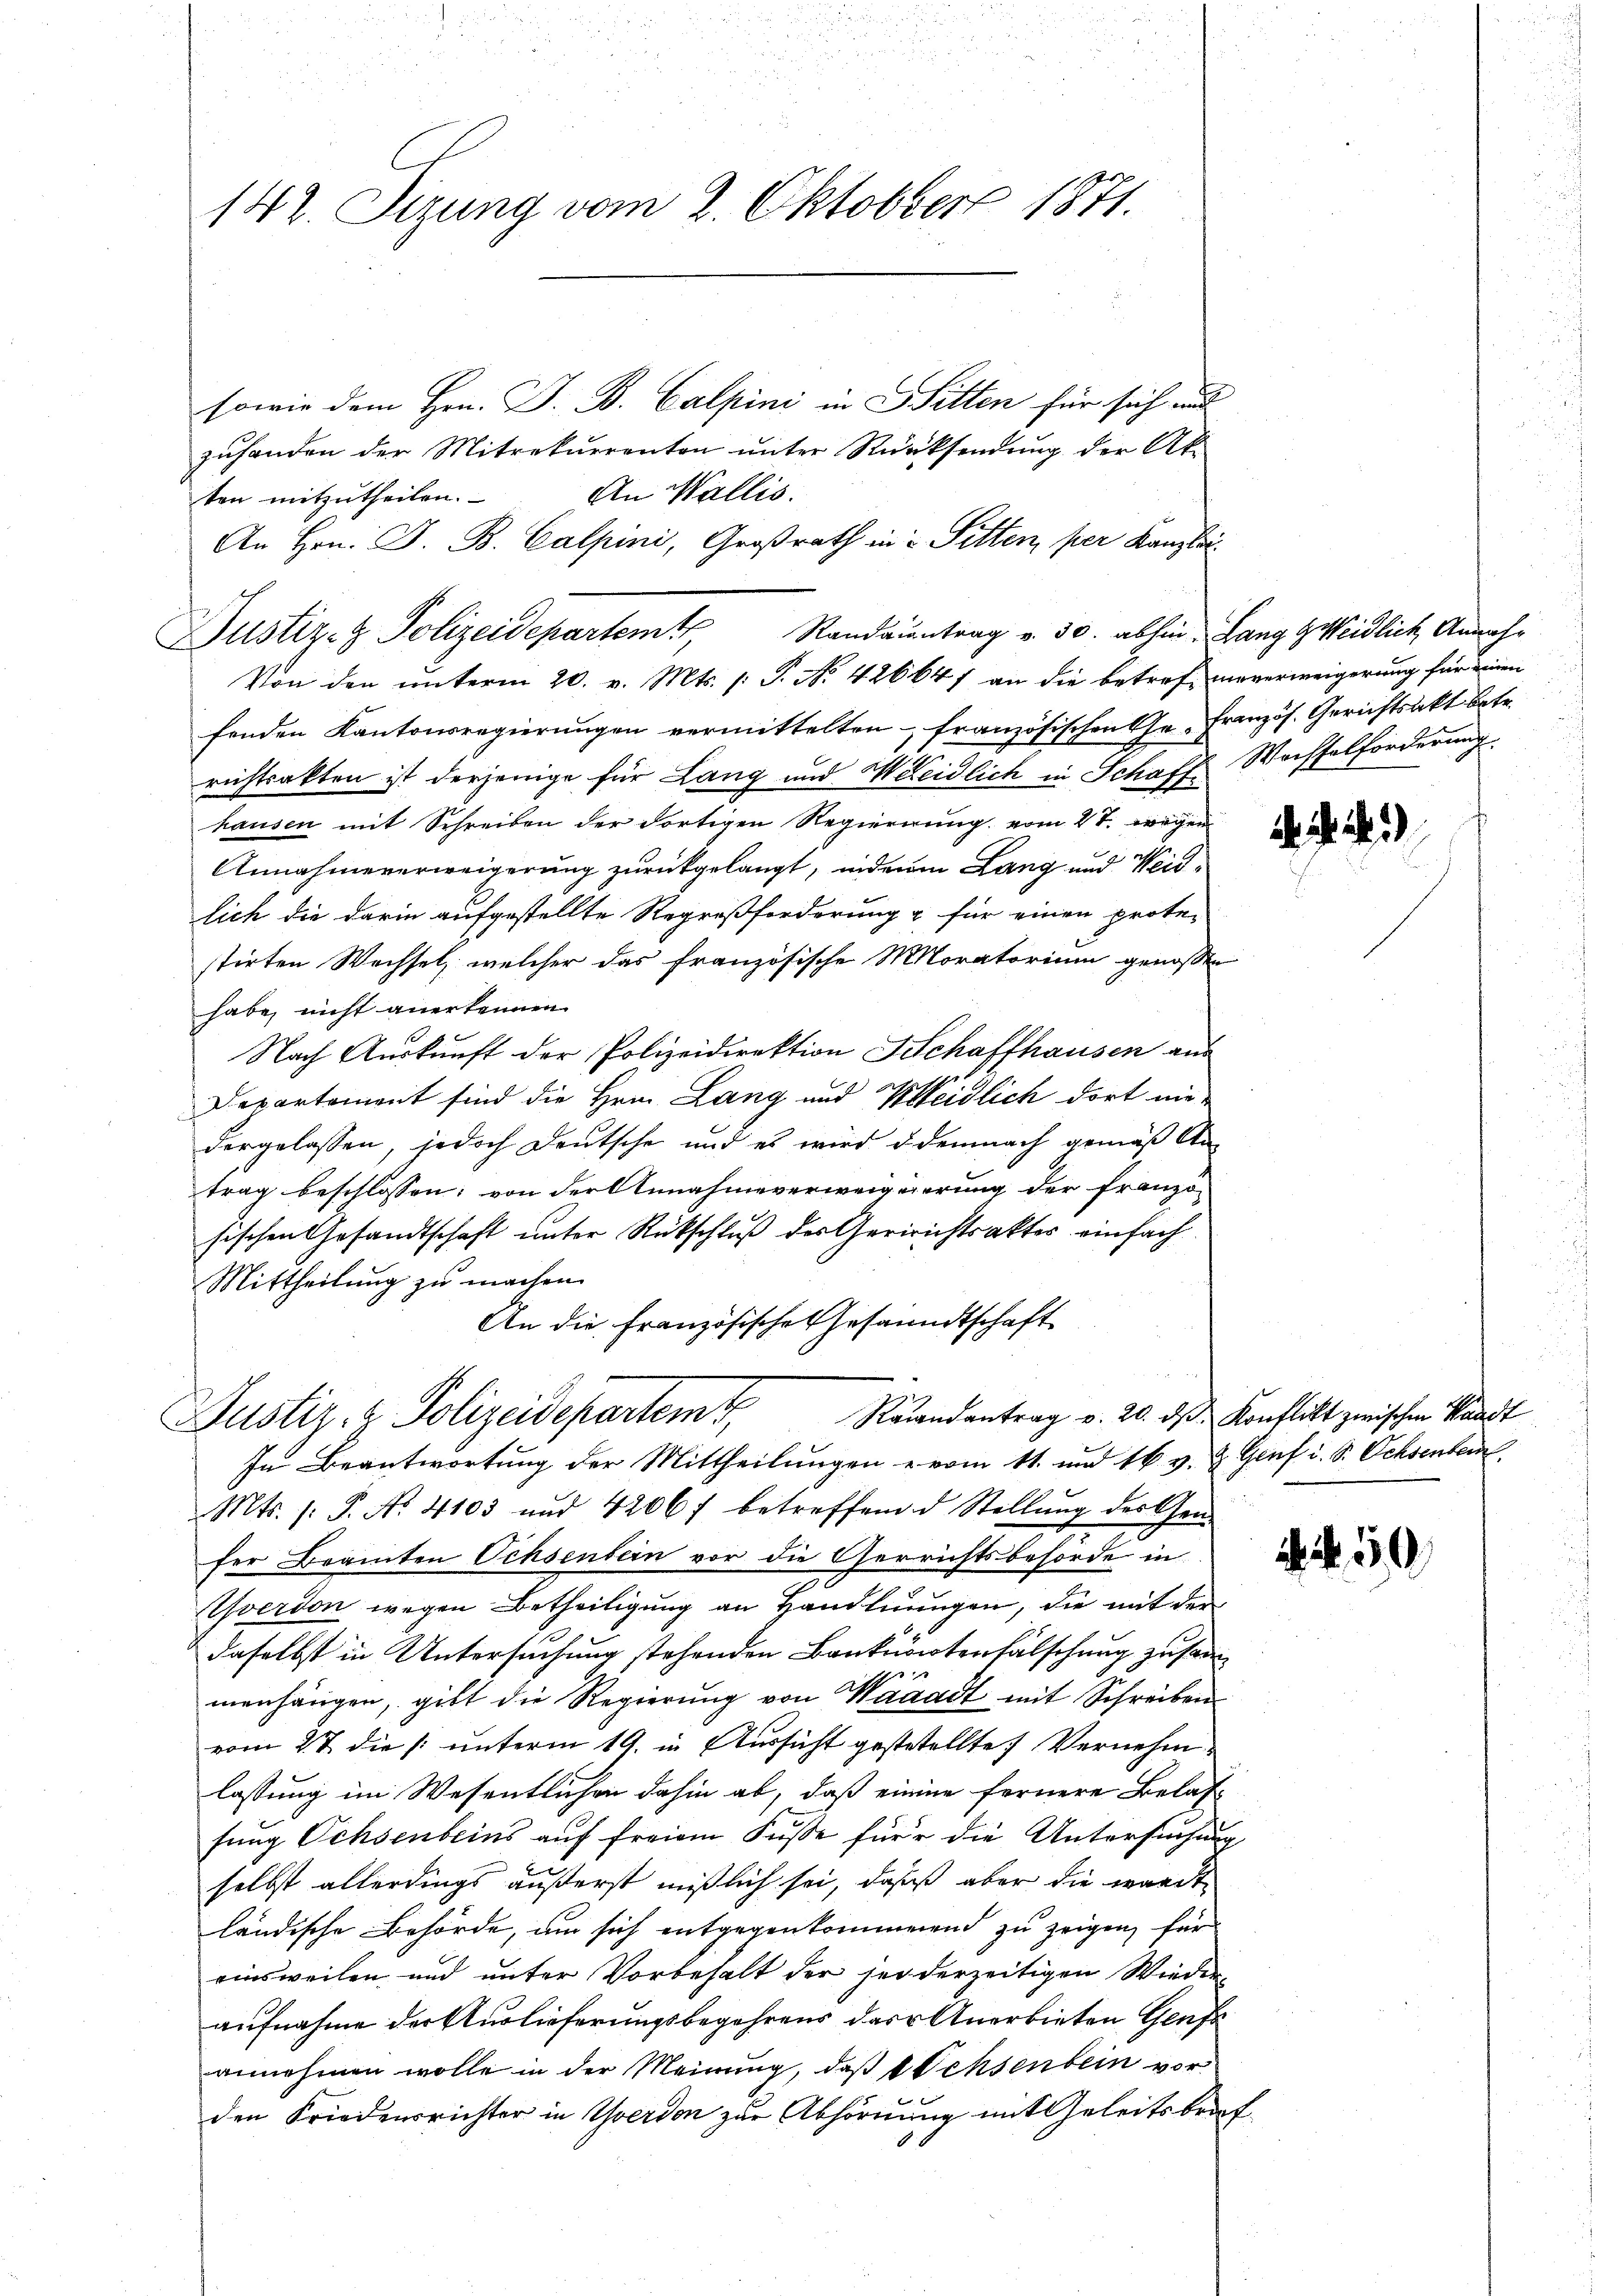
142. Sizung vom 2. Oktober 1871.

sowie dem Hrn. J. B. Calpini in Bitten für sich und
zuhanden der Mitrekurrenton unter Rücksendung der Ak
An Wallis.
ten mitzutheilen.
An Hrn. J. B. Calpini, Großrath in u Pitten per Kanzlei
Justiz- & Polizeidepartem Randantrag v. 30. abhin, Lang zweidlich Annah¬
Von den unterm 20. v. Mts. s. S. Nr. 42664) an die betref unverweigerung für einen
fenden Kantonsregierungen vermittelten französischen Ge-Französ. Gerichtsakt betr.
richtsakten ist derjenige für Lang und Weidlich in Schaft Wachselforderung
hausen mit Schreiben der dortigen Regierung vom 4t. wegen
Annahmeverweigerung zurückgelangt, indem Lang und Weidlich die darin aufgestellte Regreßforderung & für einen prote-
stirten Wechsel, welcher das französische Moratorium genossen
habe, nicht anerkennen.
Nach Auskunft der Polizeidirektion Schaffhausen aus
Departement sind die Hrn. Lang und Weidlich dort nie-
dergelassen, jedoch Deutsche und es wird demnach gemäß An
trag beschlossen; von der Annahmeverweigierung der Franzö
sischen Gesandtschaft unter Rückschluß des Geririchtsaktes einfach
Mittheilung zu machen.
An die Französische Gesandtschaft
2
Raiandantrag v. 20. ds. Konflikt zwischen Standt
Justiz- & Polizeidepartems,
Im Beantwortung der Mittheilungen vom 11. und 16. v. u. Genf i. S. Ochsenber
Mts. /: P. Nr. 4103 und 42067 betreffend d Stellŭng der Gen
fer Beamten Ochsenbern vor die Gerrichtsbehörde in
Yverdon wegen Betheiligung an Handlungen, die mit der
daselbst in Untersuchung stehenden Banknotenfälschung zusam
1
menhängen, gibt die Regierung von Waaadt mit Schreiben
vom 27. die /: unterm 19. in Aussicht gestetellte Vernehmlassung im Wesentlichen dahin ab, daß einne fernere Belas-
fung Ochsenbeins auf freiem Fuße für die Untersuchung
selbst allerdings äußerst mißlich sei, daß aber die wardt
ländische Behörde, um sich entgegenkommenend zu zeigen, für
einsweilen und unter Vorbehalt der sei derzeitigen Wieder
aufnahme der Auslieferungsbegehrens das Anerbieten Genfe
annehmen wolle in der Meinung, daß Ochsenbein vor
den Friedensrichter in Yverdon zur Abhörung mit Geleitsbring

. . . 2)

. 50